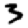
Digit: 3